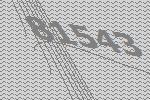
81543